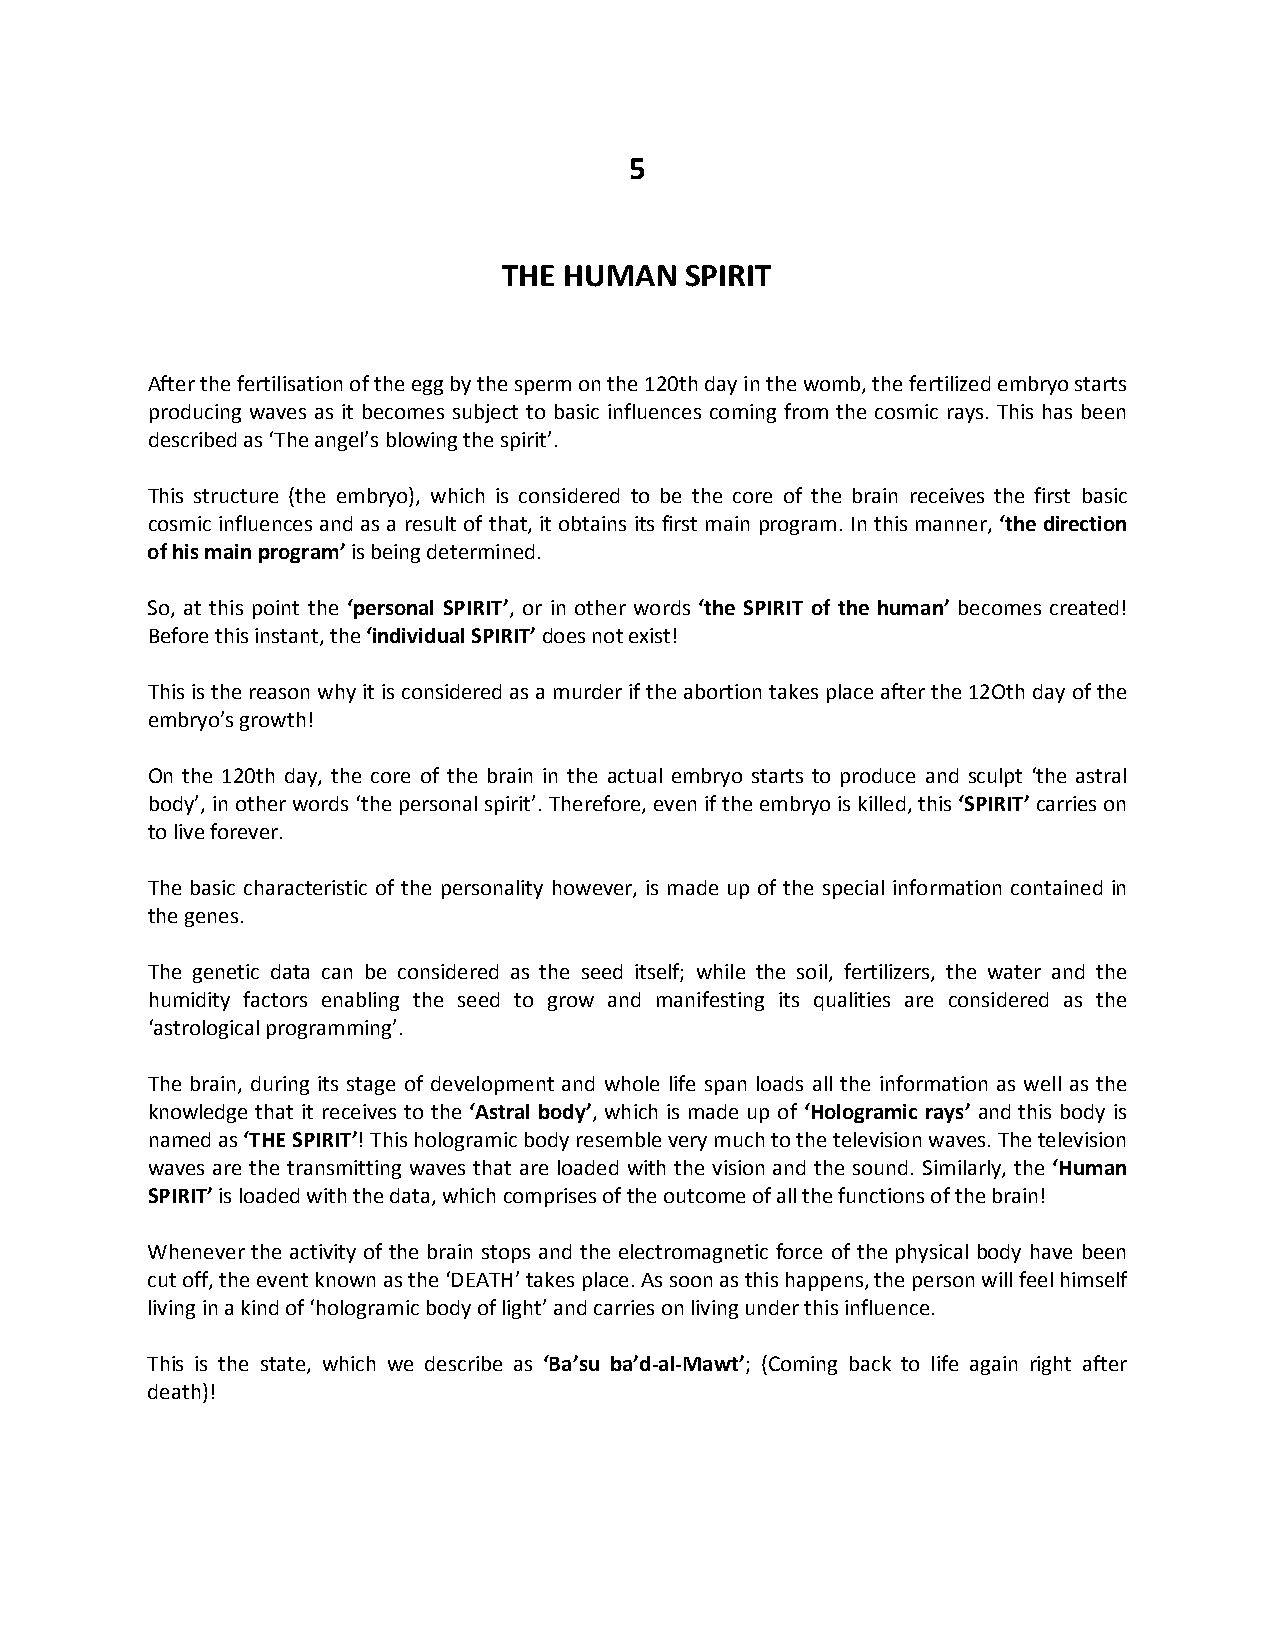
5
 THE HUMAN   SPIRIT
 After the fertilisation of the egg by the sperm on the 120th day in the womb, the fertilized embryo starts
 producing waves as it becomes subject to basic influences coming from the cosmic rays. This has been
 described as ‘The angel’s blowing the spirit’.
 This structure (the embryo), which is considered to be the core of the brain receives the first basic
 cosmic influences and as a result of that, it obtains its first main program. In this manner, ‘the direction
 of his main program’ is being determined.
 So, at this point the ‘personal SPIRIT’, or in other words ‘the SPIRIT of the human’ becomes created!
 Before this instant, the ‘individual SPIRIT’ does not exist!
 This is the reason why it is considered as a murder if the abortion takes place after the 12Oth day of the
 embryo’s growth!
 On the 120th day, the core of the brain in the actual embryo starts to produce and sculpt ‘the astral
 body’, in other words ‘the personal spirit’. Therefore, even if the embryo is killed, this ‘SPIRIT’ carries on
 to live forever.
 The basic characteristic of the personality however, is made up of the special information contained in
 the genes.
 The genetic data can be considered as the seed itself; while the soil, fertilizers, the water and the
 humidity factors enabling the seed to grow and manifesting its qualities are considered as the
 ‘astrological programming’.
 The brain, during its stage of development and whole life span loads all the information as well as the
 knowledge that it receives to the ‘Astral body’, which is made up of ‘Hologramic rays’ and this body is
 named as ‘THE SPIRIT’! This hologramic body resemble very much to the television waves. The television
 waves are the transmitting waves that are loaded with the vision and the sound. Similarly, the ‘Human
 SPIRIT’ is loaded with the data, which comprises of the outcome of all the functions of the brain!
 Whenever the activity of the brain stops and the electromagnetic force of the physical body have been
 cut off, the event known as the ‘DEATH’ takes place. As soon as this happens, the person will feel himself
 living in a kind of ‘hologramic body of light’ and carries on living under this influence.
 This is the state, which we describe as ‘Ba’su ba’d-al-Mawt’; (Coming back to life again right after
 death)!